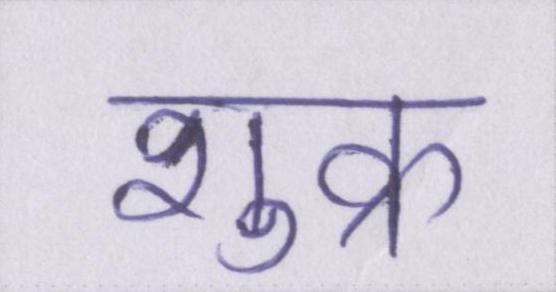
शुक्र